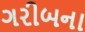
ગરીબના